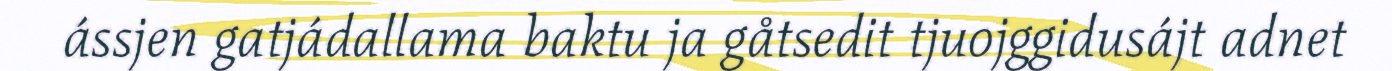
ássjen gatjádallama baktu ja gåtsedit tjuojggidusájt adnet